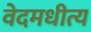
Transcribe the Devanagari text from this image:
वेदमधीत्य